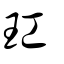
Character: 玒